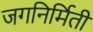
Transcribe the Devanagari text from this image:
जगनिर्मिती